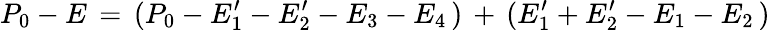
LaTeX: P_{0}-E\, =\, (P_{0}-E_{1}^{\prime}-E_{2}^{\prime}-E_{3}-E_{4}\, )\, +\, (E_{1}^{\prime}+E_{2}^{\prime}-E_{1}-E_{2}\, )